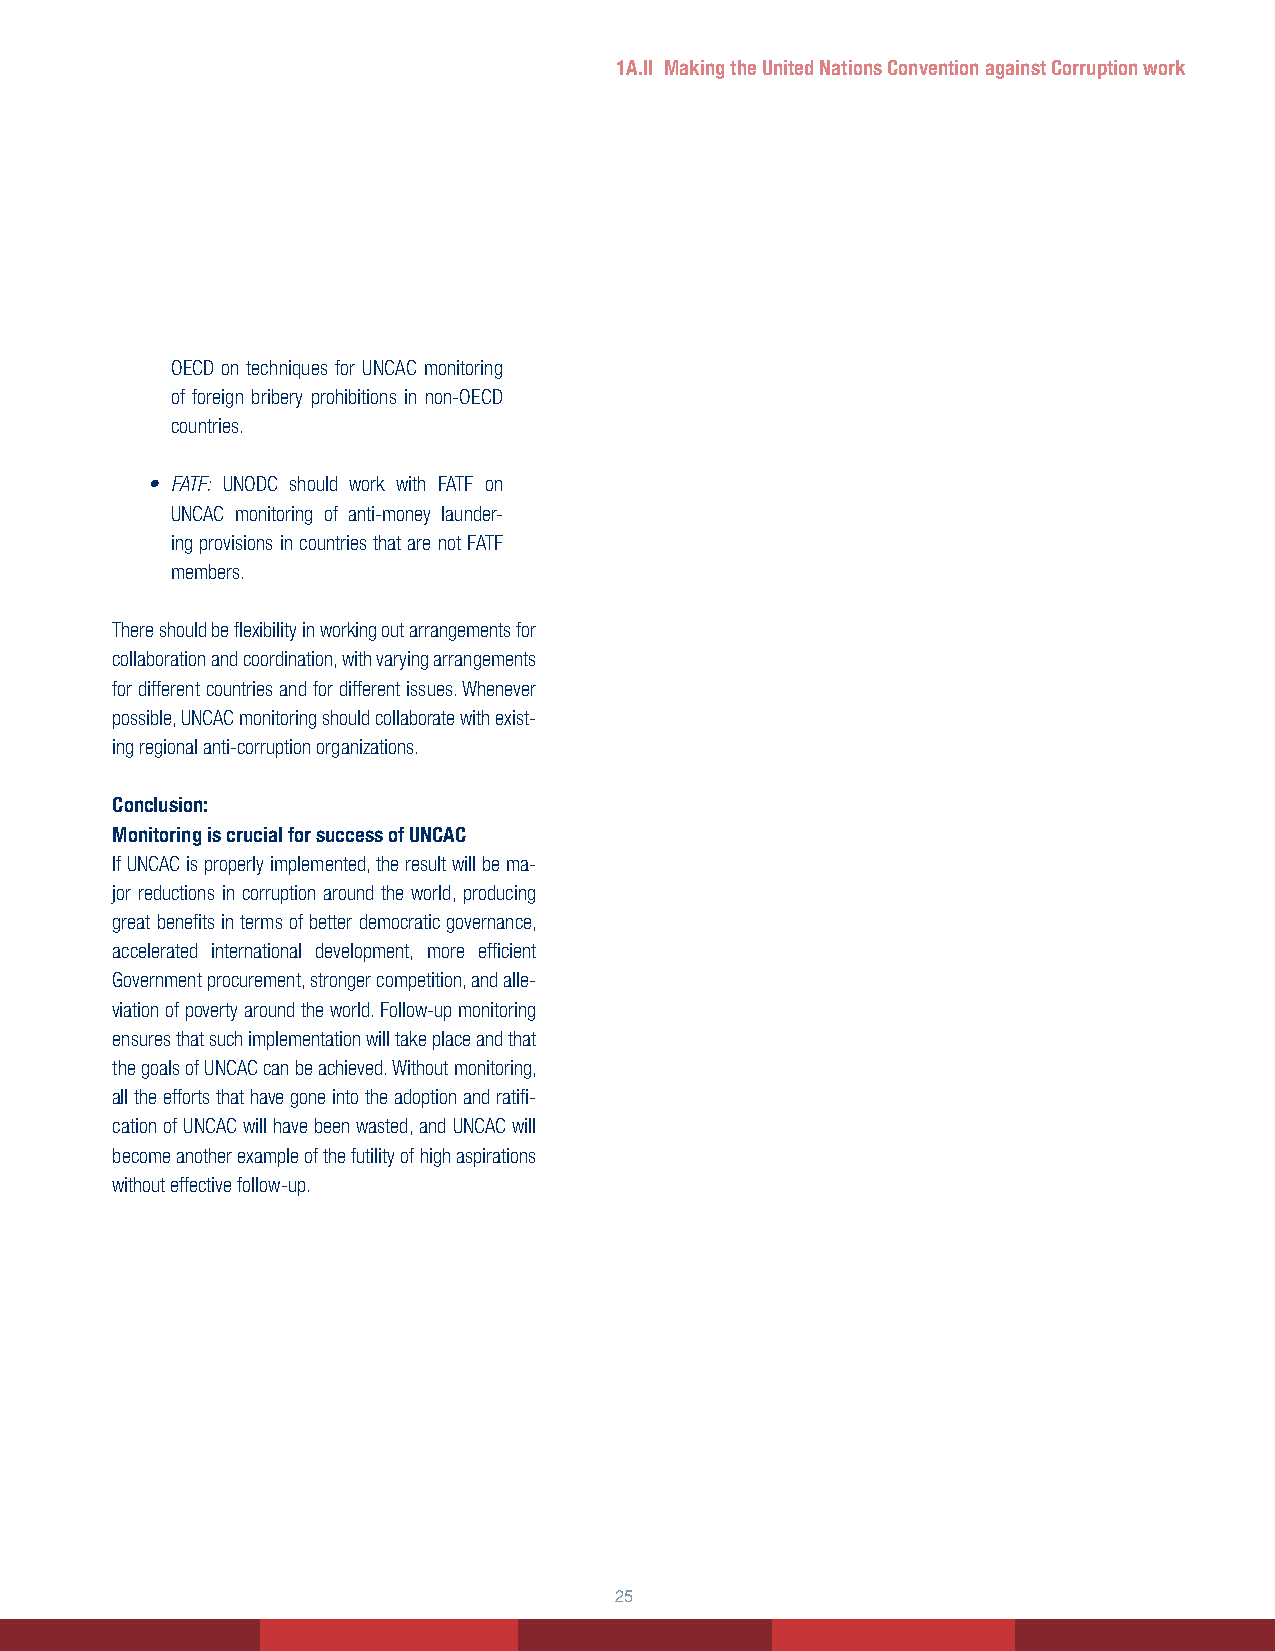
1A.II Making the United Nations Convention against Corruption work
 OECD on techniques for UNCAC monitoring
 of foreign bribery prohibitions in non-OECD
 countries.
 • FATF: UNODC should work with FATF on
 UNCAC monitoring of anti-money launder-
 ing provisions in countries that are not FATF
 members.
 There should be flexibility in working out arrangements for
 collaboration and coordination, with varying arrangements
 for different countries and for different issues. Whenever
 possible, UNCAC monitoring should collaborate with exist-
 ing regional anti-corruption organizations.
 Conclusion:
 Monitoring is crucial for success of UNCAC
 If UNCAC is properly implemented, the result will be ma-
 jor reductions in corruption around the world, producing
 great benefits in terms of better democratic governance,
 accelerated international development, more efficient
 Government procurement, stronger competition, and alle-
 viation of poverty around the world. Follow-up monitoring
 ensures that such implementation will take place and that
 the goals of UNCAC can be achieved. Without monitoring,
 all the efforts that have gone into the adoption and ratifi-
 cation of UNCAC will have been wasted, and UNCAC will
 become another example of the futility of high aspirations
 without effective follow-up.
 25